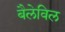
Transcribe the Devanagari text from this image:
बैलेविल